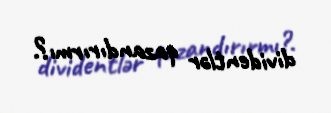
dividentlər qazandırırmı?.